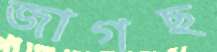
জাগছ